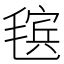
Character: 𰚬